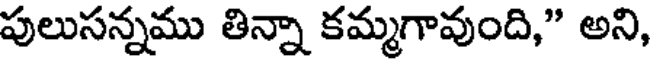
పులుసన్నము తిన్నా కమ్మగావుంది," అని,